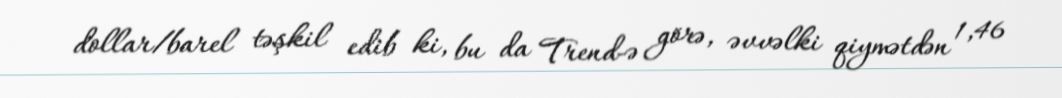
dollar/barel təşkil edib ki, bu da Trend-ə görə, əvvəlki qiymətdən 1,46